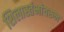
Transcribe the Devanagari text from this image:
शिलास्तंभांवरुन